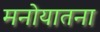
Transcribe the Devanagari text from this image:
मनोयातना